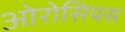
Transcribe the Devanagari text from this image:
ओरोसियस